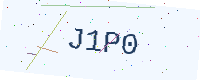
Text: J1P0